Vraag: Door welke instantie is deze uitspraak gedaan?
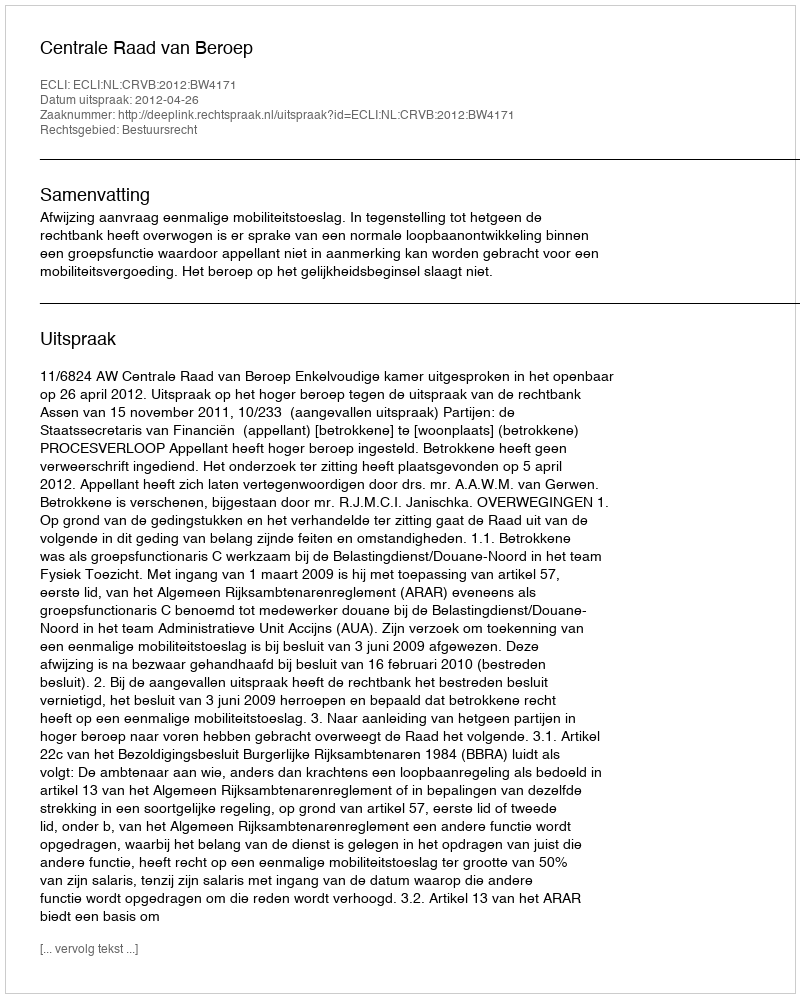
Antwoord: Centrale Raad van Beroep